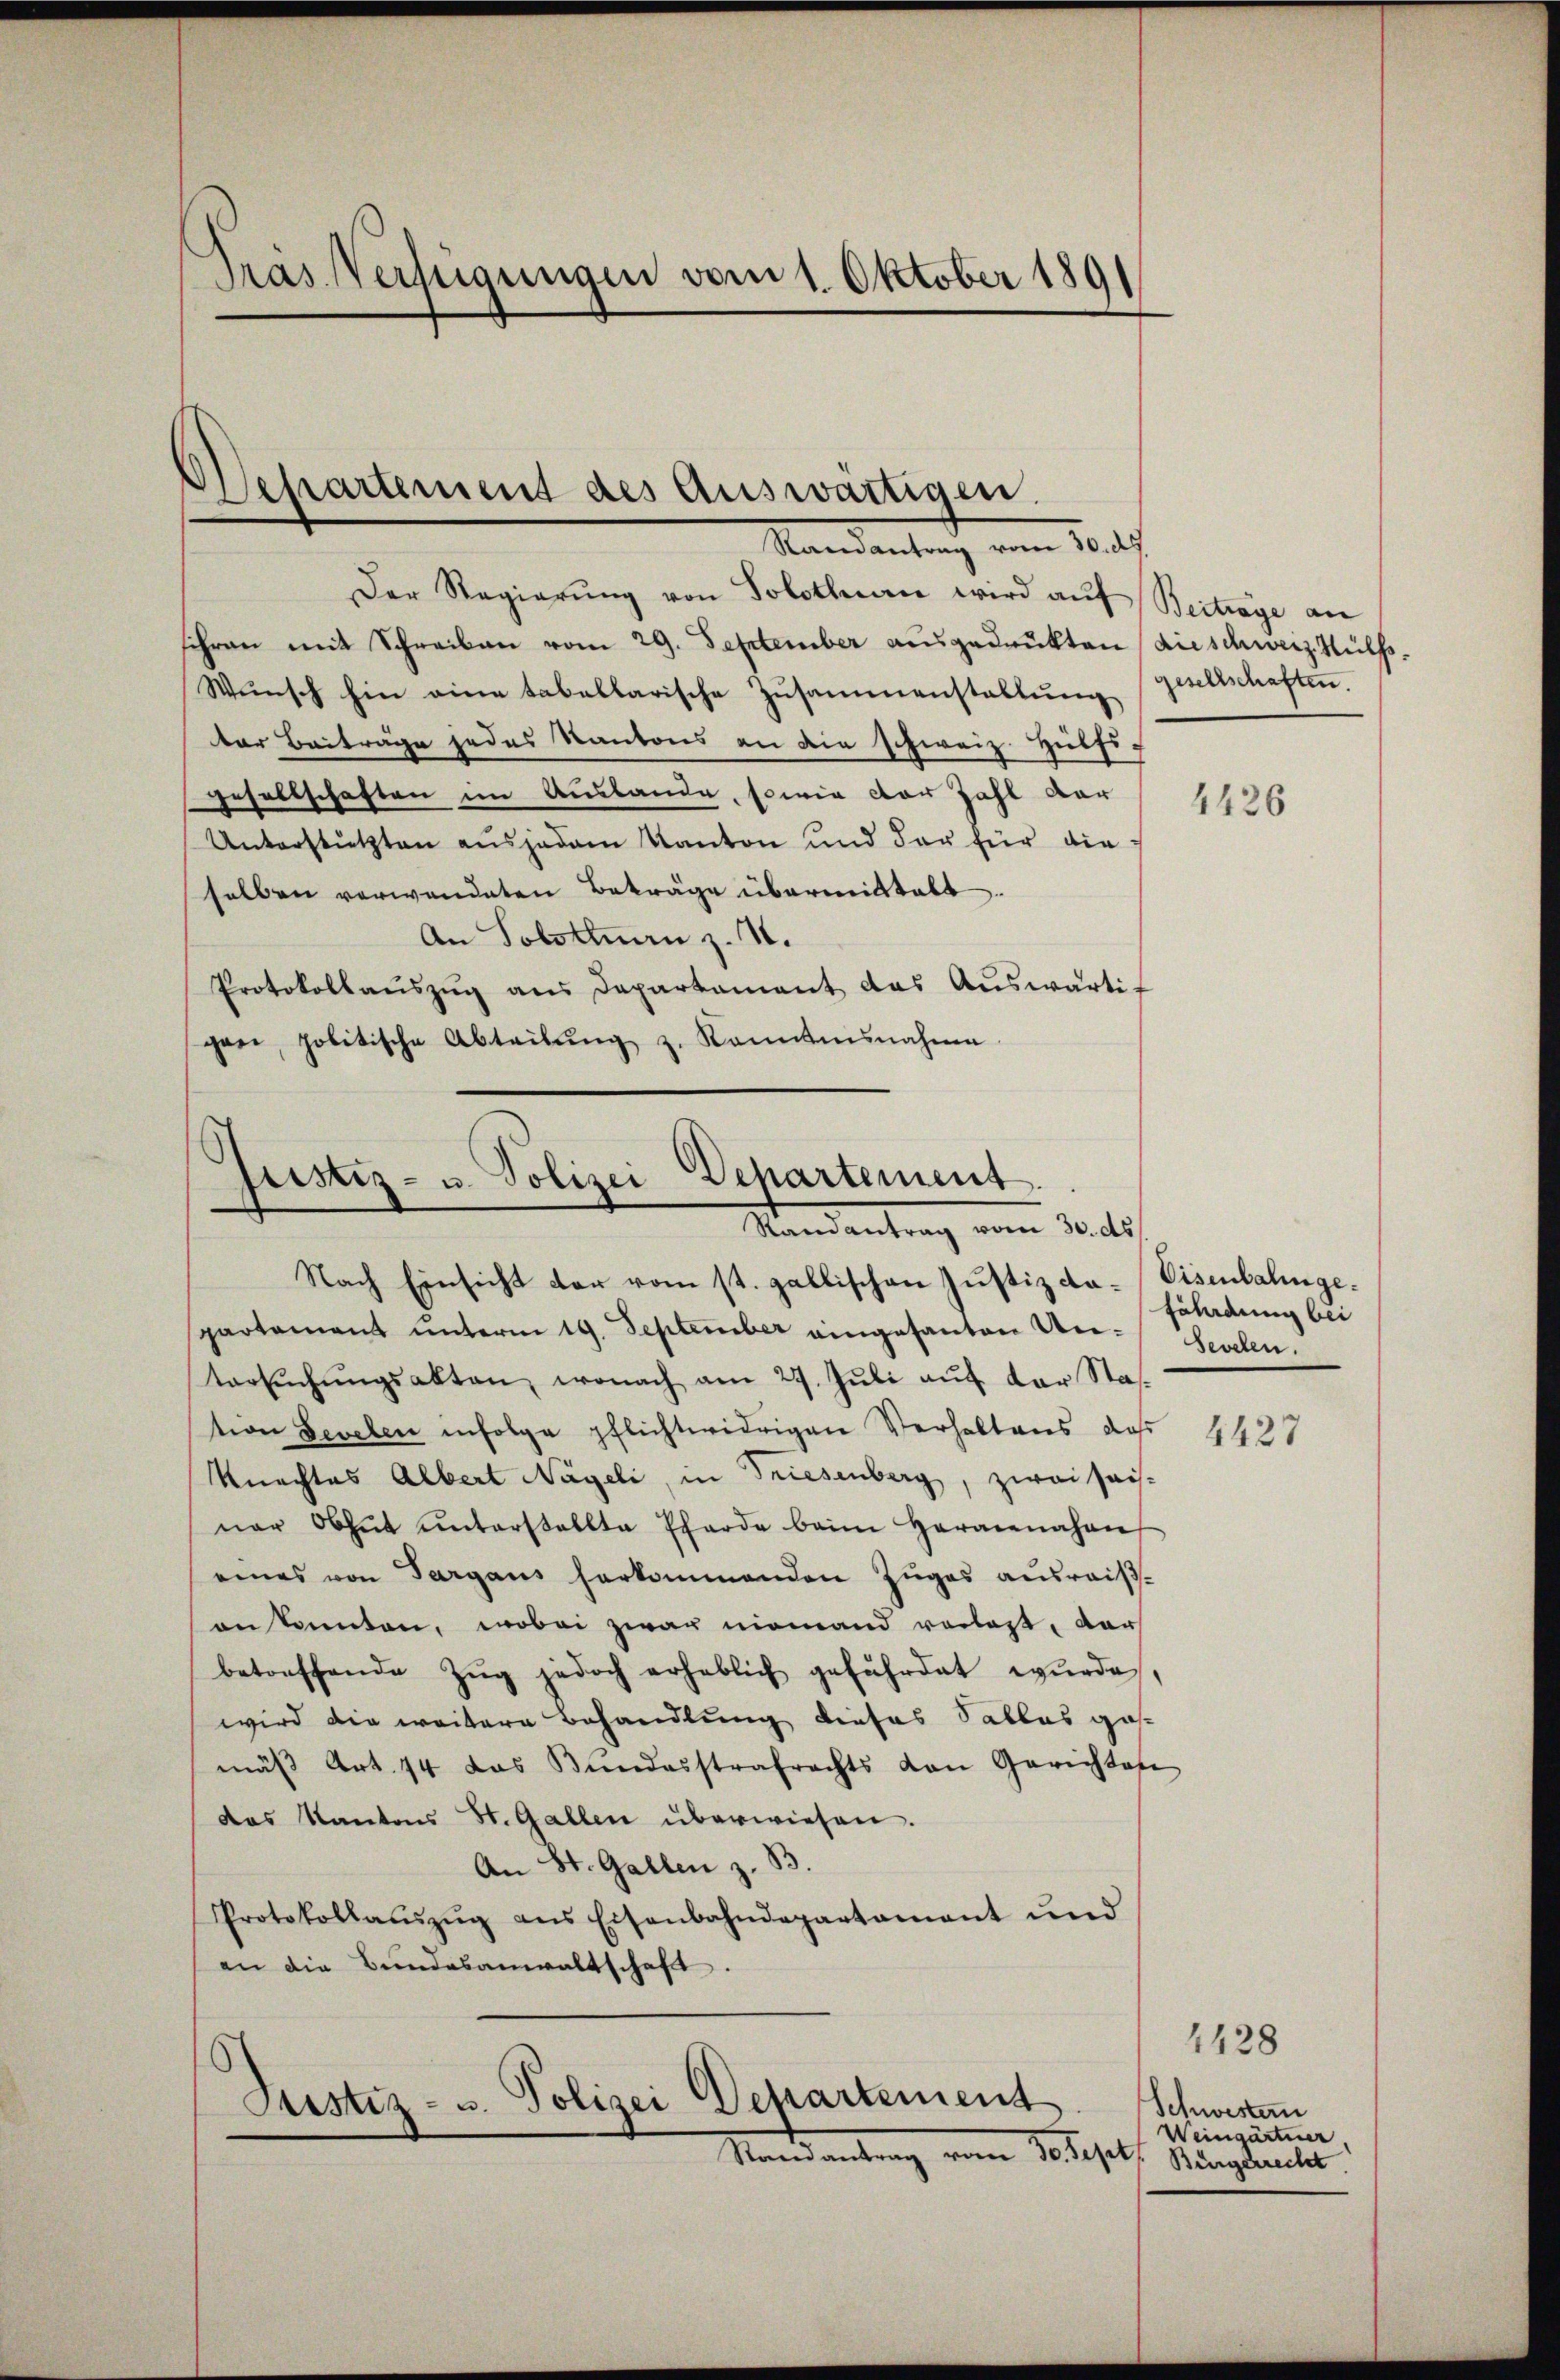
Pras Verfügungen vom 1. Oktober 1891

Wehartement des Auswärtigen.
Ramantrag vom 30. ds.

Der Regierŭng von Solothurn wird aŭf Beitrage an
schran mit Schreiben vom 29. September ausgedrukten (die schweiz. Hülfs¬
Wŭnsch hin eine tabellarische Zusammenstallŭng geschschaften.
ter Beiträge jedes Kantons an die schweiz. Hülfs-
gesellschaften im Auslande, sowie der Zahl dar
Unterstützten aus jedem Kanton und der für die
selben verwendeten Beträge übermittalt.
An Solothurn z. I.
Protokollaŭszŭg ans Departament das Auswärtigen, politische Abteilung z. Konntnisnahme

Justiz- u. Polizei Departement.
Randantrag vom 30. ds
Nach Einsicht der vom st. gallischen Justiz da-Visenbahnge¬

Knechtes Albert Nägeli, in Triesenberg, zwei sais-
ner Obhut ŭnterstellte Pferde beim Herannahen
eines von Sargaus herkommenden Zuges ausreis-
an kannten, wobei zwar niemand verlas, dar
betreffende Zŭg jedoch erheblich gefährdet wŭrde,
wird die weitere Behandlung dieses Sallas gamäβ Art. 44 das Bŭndesstrafrechts von Gerichtes
das Kantons St. Gallen überwiesen.
An St. Gallen z. B.
Protokollaŭszŭg ans Eisenbahndepartament und
an die Bundesanwaltschaft.

spartament unterm 19. September eingesanten Un- Sevelen.
tersŭchŭngsakten, wonach am 27. Jŭli aŭf der Sta
tion Sevelen infolge pflichtwidrigen Verhaltens, daß

.
Justiz- u. Polizei Departement
Manes antrag vom 10tes.

4426

Föladung bei

4427

Schwestern
Weingärtner
d
Bürgerrecht

1428